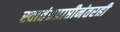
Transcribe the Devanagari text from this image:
स्वातंत्रप्राप्तीनंतरही